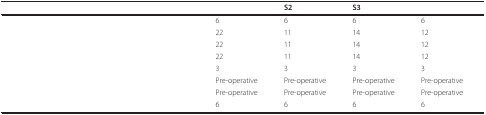
<table><thead><tr><td>[EMPTY_CELL]</td><td>[EMPTY_CELL]</td><td><b>S2</b></td><td><b>S3</b></td><td>[EMPTY_CELL]</td></tr></thead><tbody><tr><td>[EMPTY_CELL]</td><td>6</td><td>6</td><td>6</td><td>6</td></tr><tr><td>[EMPTY_CELL]</td><td>22</td><td>11</td><td>14</td><td>12</td></tr><tr><td>[EMPTY_CELL]</td><td>22</td><td>11</td><td>14</td><td>12</td></tr><tr><td>[EMPTY_CELL]</td><td>22</td><td>11</td><td>14</td><td>12</td></tr><tr><td>[EMPTY_CELL]</td><td>3</td><td>3</td><td>3</td><td>3</td></tr><tr><td>[EMPTY_CELL]</td><td>Pre-operative</td><td>Pre-operative</td><td>Pre-operative</td><td>Pre-operative</td></tr><tr><td>[EMPTY_CELL]</td><td>Pre-operative</td><td>Pre-operative</td><td>Pre-operative</td><td>Pre-operative</td></tr><tr><td>[EMPTY_CELL]</td><td>6</td><td>6</td><td>6</td><td>6</td></tr></tbody></table>